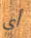
أي